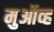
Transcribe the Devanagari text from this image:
मुऑव्ह